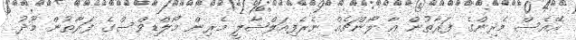
އޭއެސް މެރިންގެ ފަރާތުން އާ ލޯންޗެއް ނެރެފިއަލްޝާލީ މެރިން މޯލްޑިވްސްގެ ފަރާތުން މޫދު